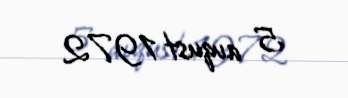
5 avqust 1972